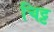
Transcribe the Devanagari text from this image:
चिट्ट